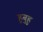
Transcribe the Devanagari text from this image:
हुबुहु